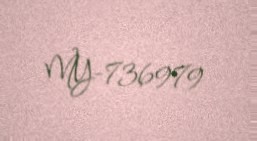
MY-736979